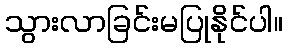
သွားလာခြင်းမပြုနိုင်ပါ။